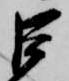
巨